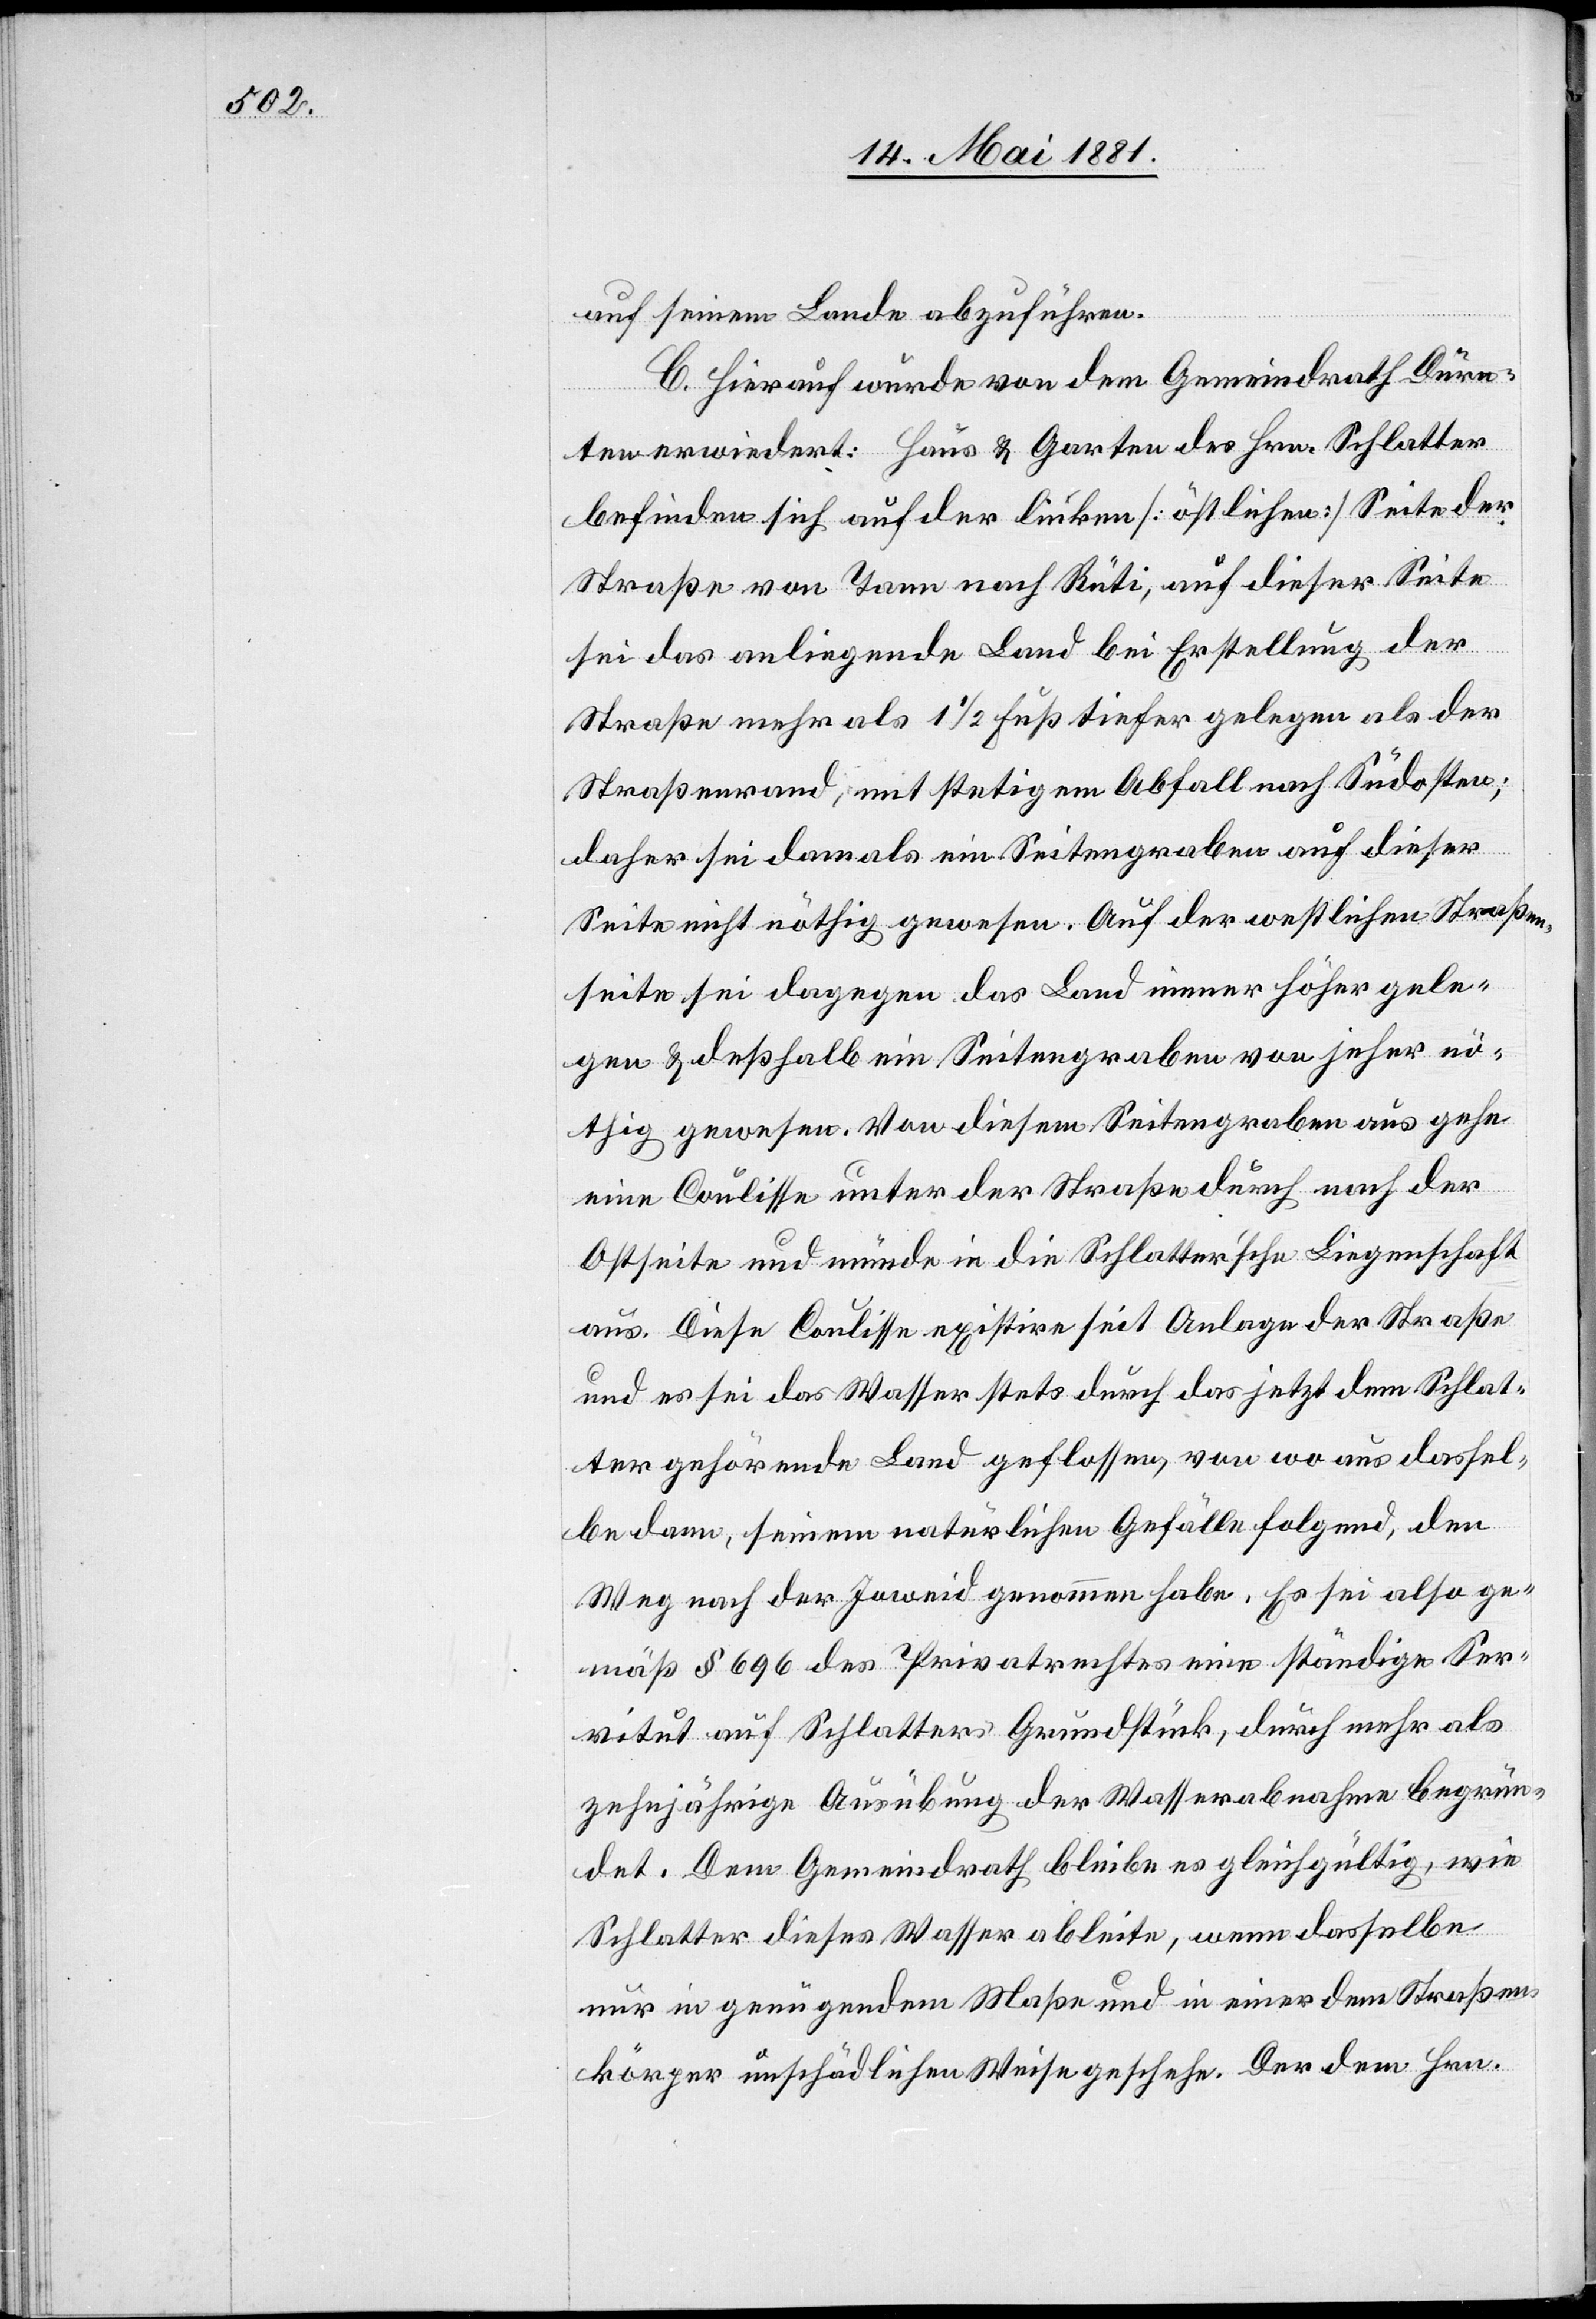
seinem Lande abzuführen.
C. Hierauf wurde von dem Gemeindrath Dürn¬
ten erwiedert: Haus & Garten des Hrn. Schlatter
befinden sich auf der linken [östlichen] Seite der
Straße von Tann nach Rüti, auf dieser Seite
sei das anliegende Land bei Erstellung der
Straße mehr als 1 1/2 Fuß tiefer gelegen als der
Straßenrand, mit stetigem Abfall nach Südosten;
daher sei damals ein Seitengraben auf dieser
Seite nicht nöthig gewesen. Auf der westlichen Straßen¬
seite sei dagegen das Land immer höher gele¬
gen & deßhalb ein Seitengraben von jeher nö¬
thig gewesen. Von diesem Seitengraben aus gehe
eine Coulisse unter der Straße durch nach der
Ostseite und münde in die Schlatter’sche Liegenschaft
aus. Diese Coulisse existire seit Anlage der Straße
und es sei das Wasser stets durch das jetzt dem Schlat¬
ter gehörende Land geflossen, von wo aus dassel¬
be dann, seinem natürlichen Gefälle folgend, den
Weg nach der Joweid genommen habe. Es sei also ge¬
mäß § 696 des Privatrechtes eine ständige Ser¬
vitut auf Schlatters Grundstück, durch mehr als
zehnjährige Ausübung der Wasserabnahme begrün¬
det. Dem Gemeindrath bleibe es gleichgültig, wie
Schlatter dieses Wasser ableite, wenn dasselbe
nur in genügendem Maße und in einer dem Straßen¬
körper unschädlichen Weise geschehe. Der dem Hrn.